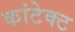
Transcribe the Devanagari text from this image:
कांटेक्‍ट